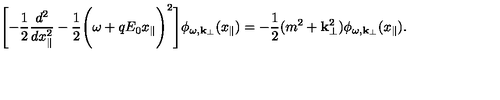
\Biggl [ - \frac { 1 } { 2 } \frac { d ^ { 2 } } { d x _ { \parallel } ^ { 2 } } - \frac { 1 } { 2 } \Biggl ( \omega + q E _ { 0 } x _ { \parallel } \Biggr ) ^ { 2 } \Biggr ] \phi _ { \omega , { \bf k } _ { \perp } } ( x _ { \parallel } ) = - \frac { 1 } { 2 } ( m ^ { 2 } + { \bf k } _ { \perp } ^ { 2 } ) \phi _ { \omega , { \bf k } _ { \perp } } ( x _ { \parallel } ) .